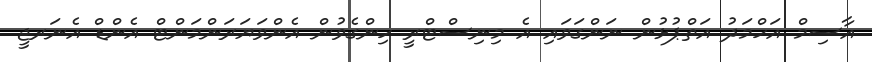
އާސިމް އަހްމަދު އަތްޕުޅުން ނަންގަވައި އެ މިނިސްޓްރީ ހިންގެވުން އެންވަޔަރަންމަންޓް އެންޑް އެނަރޖީ